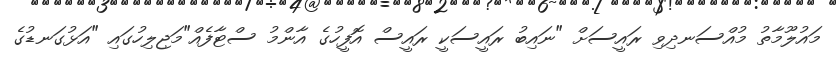
މައުލޫމާތު މުއްސަނދިވި ރައީސަށް "ނައިބު ރައީސަކީ ރައީސް އޮފީހުގެ އާންމު ސްޓާފެއް"މަޖިލިހުގައި "އަޅުގަނޑުގެ